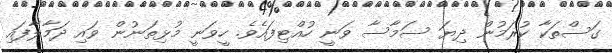
ގަސްތަކާ ކުރަމުން ދިޔަ ސަމާސާ ވަނީ ހުއްޓިފައެވެ. ހީވަނީ މުޅިތަނުން ވައި ދަމާލާފައި